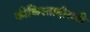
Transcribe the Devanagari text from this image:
काँकिस्तादोरांनी